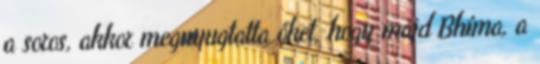
a soros, akkor megnyugtatta őket, hogy majd Bhíma, a